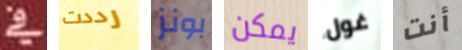
في رددت بونز يمكن غول أنت